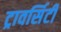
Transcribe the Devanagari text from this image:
ट्रावर्सिटी